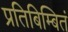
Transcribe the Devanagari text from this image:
प्रतिबिम्बितं